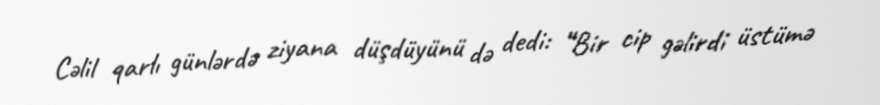
Cəlil qarlı günlərdə ziyana düşdüyünü də dedi: “Bir cip gəlirdi üstümə